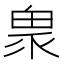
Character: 𤲄